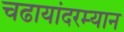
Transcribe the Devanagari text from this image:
चढायांदरम्यान